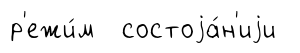
р'ежи́м состоjа́н'иjи